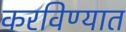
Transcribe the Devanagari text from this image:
करविण्यात